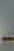
-